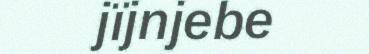
jïjnjebe